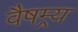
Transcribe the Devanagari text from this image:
वैषम्र्य